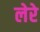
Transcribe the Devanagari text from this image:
लेरे